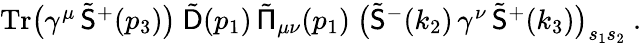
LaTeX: \begin{array}{r}{\mathrm{Tr}\big(\gamma^{\mu}\, \tilde{\mathsf{S}}^{+}(p_{3})\big)\ \tilde{\mathsf{D}}(p_{1})\, \tilde{\mathsf{\Pi}}_{\mu\nu}(p_{1})\ \big(\tilde{\mathsf{S}}^{-}(k_{2})\, \gamma^{\nu}\, \tilde{\mathsf{S}}^{+}(k_{3})\big)_{s_{1}s_{2}}\ .}\end{array}